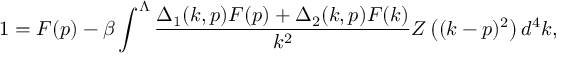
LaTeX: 1 = F ( p ) - \beta \int ^ { \Lambda } \frac { \Delta _ { 1 } ( k , p ) F ( p ) + \Delta _ { 2 } ( k , p ) F ( k ) } { k ^ { 2 } } Z \left( ( k - p ) ^ { 2 } \right) d ^ { 4 } k ,